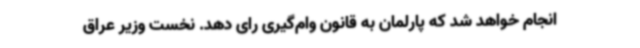
انجام خواهد شد که پارلمان به قانون وام‌گیری رای دهد. نخست وزیر عراق